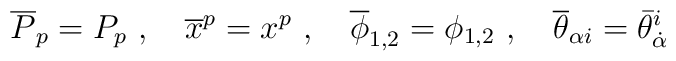
\overline P_p = P_p \ , \quad \overline  x^p=x^p \ , \quad \overline\phi_{1,2}= \phi_{1,2} \ , \quad \overline \theta_{\alpha i} = \bar\theta_{\dot \alpha}^i